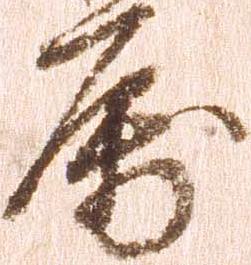
属